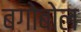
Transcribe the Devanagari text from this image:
बगोबोल